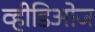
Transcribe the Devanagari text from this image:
व्हीडिओज